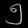
Digit: ၅